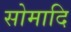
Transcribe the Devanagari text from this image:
सोमादि